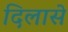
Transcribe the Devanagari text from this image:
दिलासे